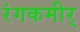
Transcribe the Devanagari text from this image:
रंगकमीर्